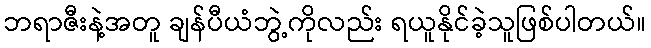
ဘရာဇီးနဲ့အတူ ချန်ပီယံဘွဲ့ကိုလည်း ရယူနိုင်ခဲ့သူဖြစ်ပါတယ်။